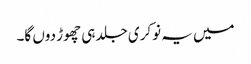
میں یہ نوکری جلد ہی چھوڑ دوں گا۔